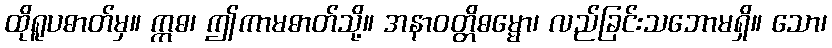
ထိုရူပဓာတ်မှ။ ဣဓ၊ ဤကာမဓာတ်သို့။ အနာဝတ္တိဓမ္မော၊ လည်ခြင်းသဘောမရှိ။ သော၊